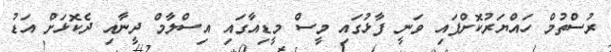
ރުސްތުމް ހައްޔަރުކޮށްފައި ވަނީ ފާޅުގައި މީސް މީޑިއާގައި އިސްލާމް ދީނާއި ދެކޮޅަށް އަޑު